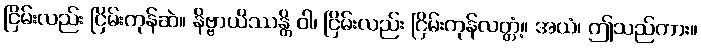
ငြိမ်းလည်း ငြိမ်းကုန်ဆဲ။ နိဗ္ဗာယိဿန္တိ ဝါ၊ ငြိမ်းလည်း ငြိမ်းကုန်လတ္တံ့။ အယံ၊ ဤသည်ကား။